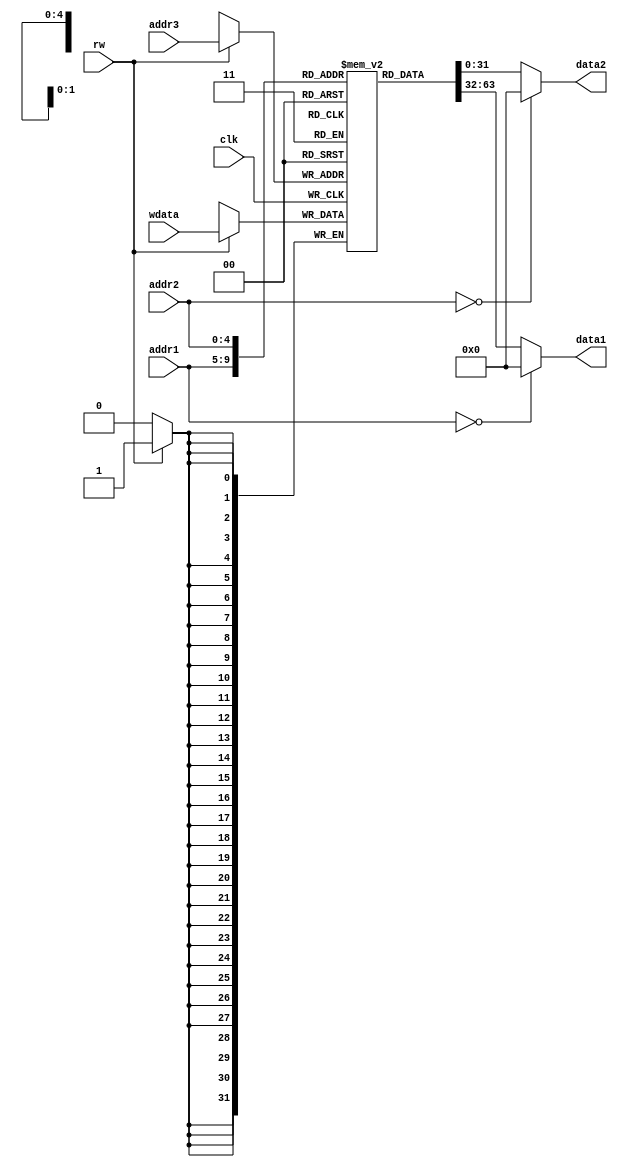
module regfile (
	input         clk  ,
	//
	input  [ 4:0] addr1,
	input  [ 4:0] addr2,
	output [31:0] data1,
	output [31:0] data2,
	//
	input         rw   ,
	input  [ 4:0] addr3,
	input  [31:0] wdata
);
	//32 registers of 32 bits
	reg [31:0] regmem[31:0];
	reg [31:0] data1       ;
	reg [31:0] data2       ;
	//Each of these conditions writes the data from the register into the data value if that value is needed for the current operation
	always @(addr1 or regmem[addr1]) begin
		if (0 == addr1) begin
			data1 = 0;
		end else begin
			data1 = regmem[addr1];
		end
	end

	always @(addr2 or regmem[addr2]) begin
		if (0 == addr2) begin
			data2 = 0;
		end else begin
			data2 = regmem[addr2];
		end
	end

	always@ (posedge clk) begin
		if(1'b1 == rw) begin
			regmem[addr3] = wdata;
		end
	end

endmodule